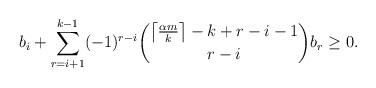
LaTeX: \begin{align*}b_i+\sum_{r=i+1}^{k-1}(-1)^{r-i}\binom{\left\lceil\frac{\alpha m}k\right\rceil-k+r-i-1}{r-i}b_r\ge 0.\end{align*}